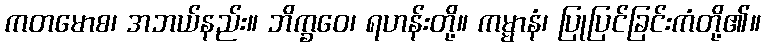
ကတမောစ၊ အဘယ်နည်း။ ဘိက္ခဝေ၊ ရဟန်းတို့။ ကမ္မာနံ၊ ပြုပြင်ခြင်းကံတို့၏။